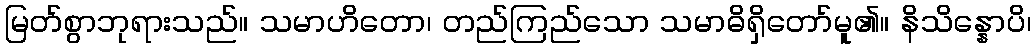
မြတ်စွာဘုရားသည်။ သမာဟိတော၊ တည်ကြည်သော သမာဓိရှိတော်မူ၏။ နိသိန္နောပိ၊